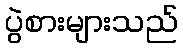
ပွဲစားများသည်